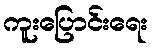
ကူးပြောင်းရေး